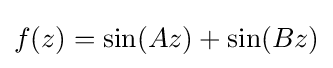
f(z)=\sin(Az)+\sin(Bz)